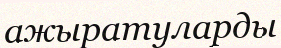
ажыратуларды